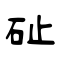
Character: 砋